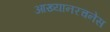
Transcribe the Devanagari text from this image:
आख्यानरचनेस